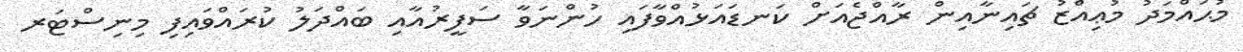
މުޙައްމަދު މުޢިއްޒު ޗައިނާއިން ރާއްޖެއަށް ކަނޑައަޅުއްވާފައި ހުންނަވާ ސަފީރުއާއި ބައްދަލު ކުރައްވައިފި މިނިސްޓަރ